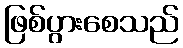
ဖြစ်ပွားစေသည်